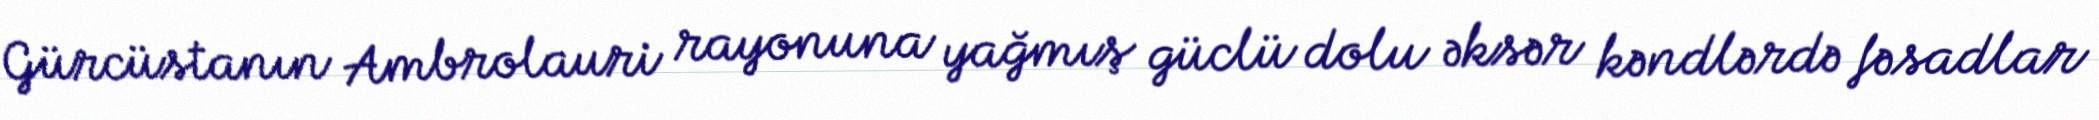
Gürcüstanın Ambrolauri rayonuna yağmış güclü dolu əksər kəndlərdə fəsadlar